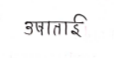
मजकूर: उषाताई